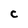
Character: C